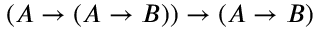
( A \to ( A \to B ) ) \to ( A \to B )